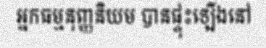
អ្នកធម្មនុញ្ញនិយម បានផ្ទុះឡើងនៅ